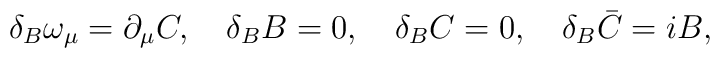
\delta_B \omega_\mu = \partial_\mu C, \quad \delta_B B = 0, \quad \delta_B C = 0, \quad \delta_B \bar C = iB ,